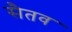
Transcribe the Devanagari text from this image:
सैतव